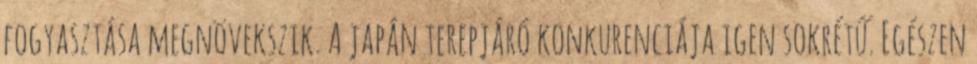
fogyasztása megnövekszik. A japán terepjáró konkurenciája igen sokrétű. Egészen